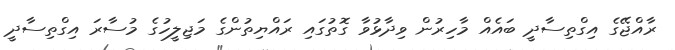
ރާއްޖޭގެ އިގްތިސާދީ ބައެއް މާހިރުން ވިދާޅުވާ ގޮތުގައި ރައްޔިތުންގެ މަޖިލީހުގެ މުސާރަ އިގްތިސާދީ